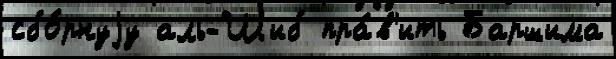
сбо́рнуjу аль-Шиб пра́в'ить Баршима